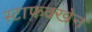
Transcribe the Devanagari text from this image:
स्टाफक्खेन